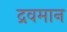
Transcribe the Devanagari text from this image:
द्रवमान